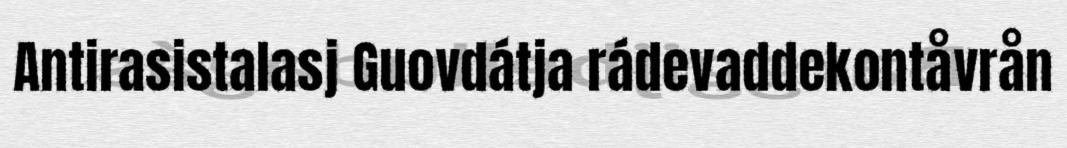
Antirasistalasj Guovdátja rádevaddekontåvrån